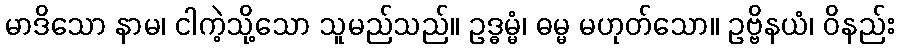
မာဒိသော နာမ၊ ငါကဲ့သို့သော သူမည်သည်။ ဥဒ္ဓမ္မံ၊ ဓမ္မ မဟုတ်သော။ ဥဗ္ဗိနယံ၊ ဝိနည်း